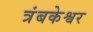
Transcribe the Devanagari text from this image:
त्रंबकेश्वर